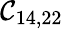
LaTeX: \mathcal{C}_{14,22}